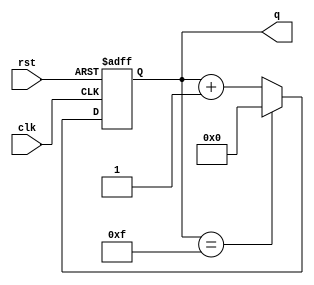
module ring_counter (
    input wire clk,
    input wire rst,
    output reg [N-1:0] q
);

parameter N = 4; // Number of flip-flops in the ring counter

reg [N-1:0] q_next;

always @(posedge clk or posedge rst) begin
    if(rst) begin
        q <= 0;
    end else begin
        q <= q_next;
    end
end

always @* begin
    q_next = q;
    
    if(q == {N{1'b1}}) begin
        q_next = 0;
    end else begin
        q_next = q + 1;
    end
end

endmodule